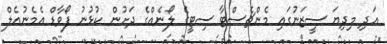
އަދި މިދިޔަ ސީޒަނުގައި މެންޗެސްޓާ ސިޓީގެ ލޯނެއްގެ ދަށުން ކުޅުނު ފޯވާޑް އެމެނުއެލް